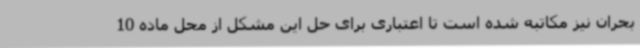
بحران نیز مکاتبه شده است تا اعتباری برای حل این مشکل از محل ماده 10